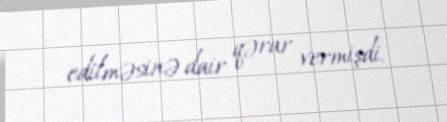
edilməsinə dair qərar vermişdi.